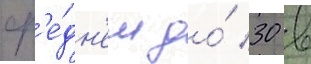
ср'е́дн'ем до́ 30 в